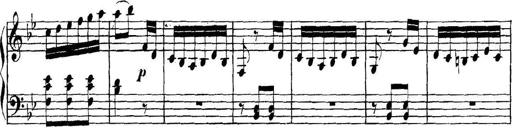
Title: Collected Piano Sonatas
Composer: Muzio Clementi